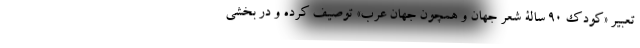
تعبیر «کودک 90 سالۀ شعر جهان و همچون جهان عرب» توصیف کرده و در بخشی